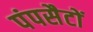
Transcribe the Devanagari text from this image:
पंपसैटों